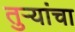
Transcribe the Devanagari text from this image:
तुऱ्यांचा